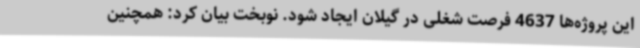
این پروژه‌ها 4637 فرصت شغلی در گیلان ایجاد شود. نوبخت بیان کرد: همچنین